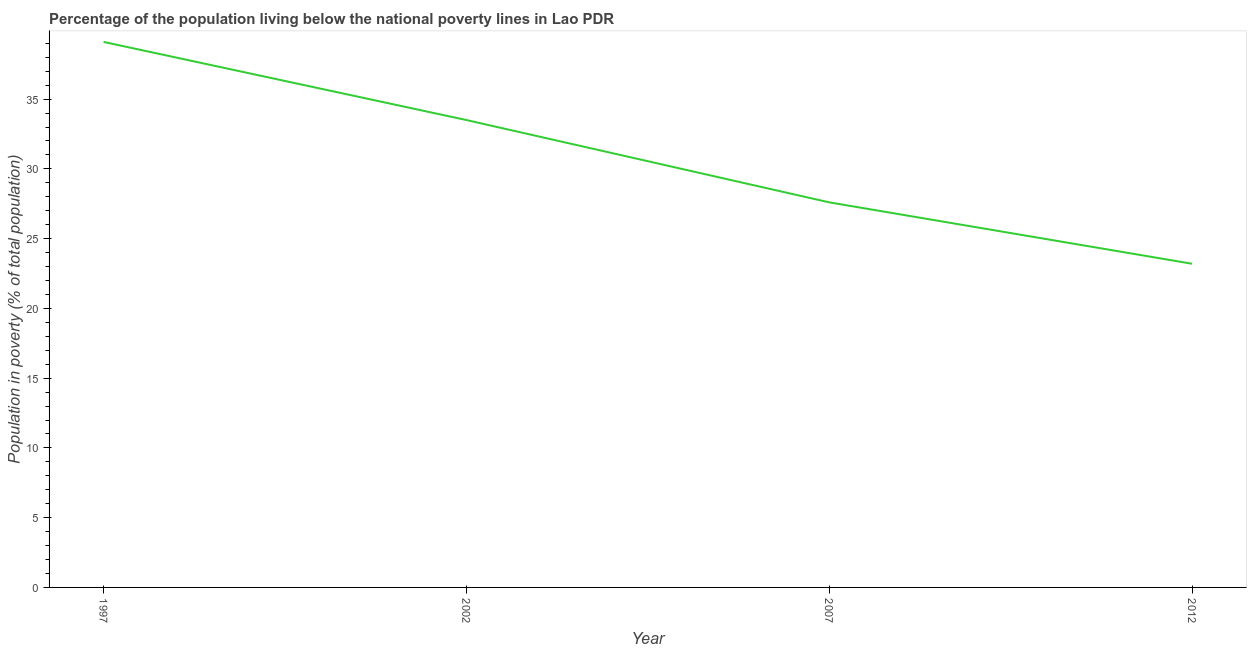
| Year | Poverty headcount ratio |
 | --- | --- |
 | 1997 | 39.1 |
 | 2002 | 33.5 |
 | 2007 | 27.6 |
 | 2012 | 23.2 |